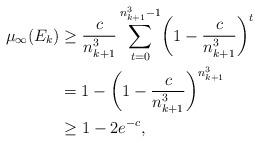
LaTeX: \begin{align*} \mu_\infty(E_k)&\ge\frac{c}{n_{k+1}^3}\sum_{t=0}^{n_{k+1}^3-1}\biggl( 1-\frac{c}{n^3_{k+1}} \biggr)^t\\ &= 1 - \biggl(1-\frac{c}{n^3_{k+1}} \biggr)^{n^3_{k+1}}\\ &\ge 1-2e^{-c}, \end{align*}